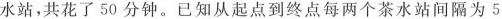
水站，共花了50分钟。已知从起点到终点每两个茶水站间隔为5